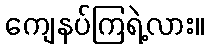
ကျေနပ်ကြရဲ့လား။